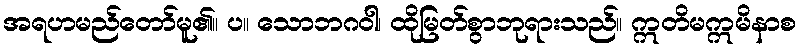
အရဟမည်တော်မူ၏။ ပ။ သောဘဂဝါ၊ ထိုမြတ်စွာဘုရားသည်။ ဣတိမဣမိနာစ